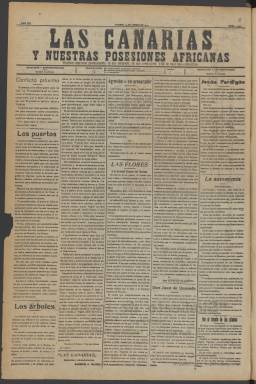
Título: Las Canarias y nuestras posesiones africanas
Colección: Periódicos
Ámbito geográfico: Madrid
Lugar de publicación: Madrid
Fechas: 10/01/1919-30/12/1927